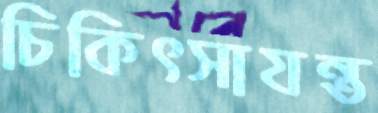
চিকিৎসাযন্ত